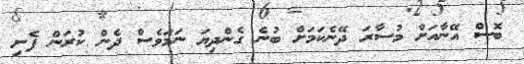
ބޮސް އޭނާއަށް މުސާރަ ދޭނެކަމަށް ބުނެ ގެންދިޔަ ނަމަވެސް ދެން ކުރަން ފެށި